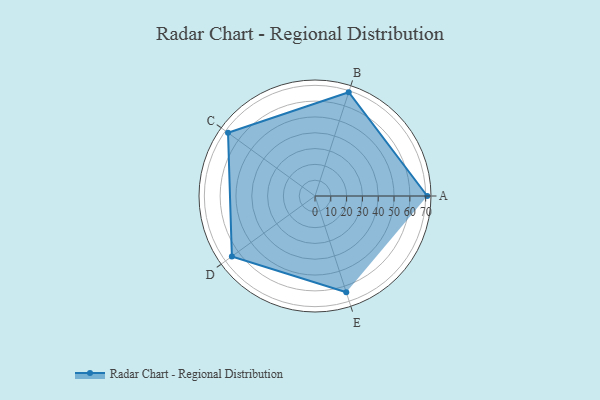
{"axis": {"x": "Skill", "y": "Score"}, "legend": ["Profile"], "data": [{"x": "A", "y": 71.0, "type": "Profile"}, {"x": "B", "y": 69.0, "type": "Profile"}, {"x": "C", "y": 68.0, "type": "Profile"}, {"x": "D", "y": 65.0, "type": "Profile"}, {"x": "E", "y": 64.0, "type": "Profile"}]}